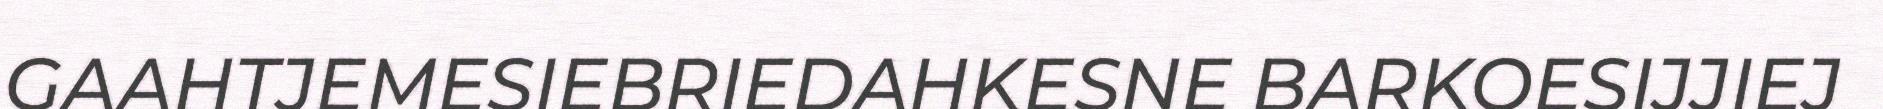
GAAHTJEMESIEBRIEDAHKESNE BARKOESIJJIEJ